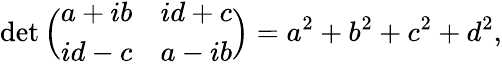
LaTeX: \operatorname*{det}{\Bigl(}{\begin{array}{cc}{a+ib}&{id+c}\\ {id-c}&{a-ib}\end{array}}{\Bigr)}=a^{2}+b^{2}+c^{2}+d^{2},